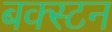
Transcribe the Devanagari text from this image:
बक्स्टन